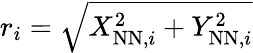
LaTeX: r_{i}=\sqrt{X_{\mathrm{NN},i}^{2}+Y_{\mathrm{NN},i}^{2}}